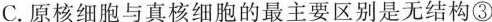
C.原核细胞与真核细胞的最主要区别是无结构③